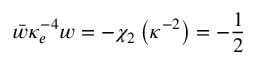
\bar { w } \kappa _ { e } ^ { - 4 } w = - \chi _ { 2 } \left( \kappa ^ { - 2 } \right) = - \frac { 1 } { 2 }